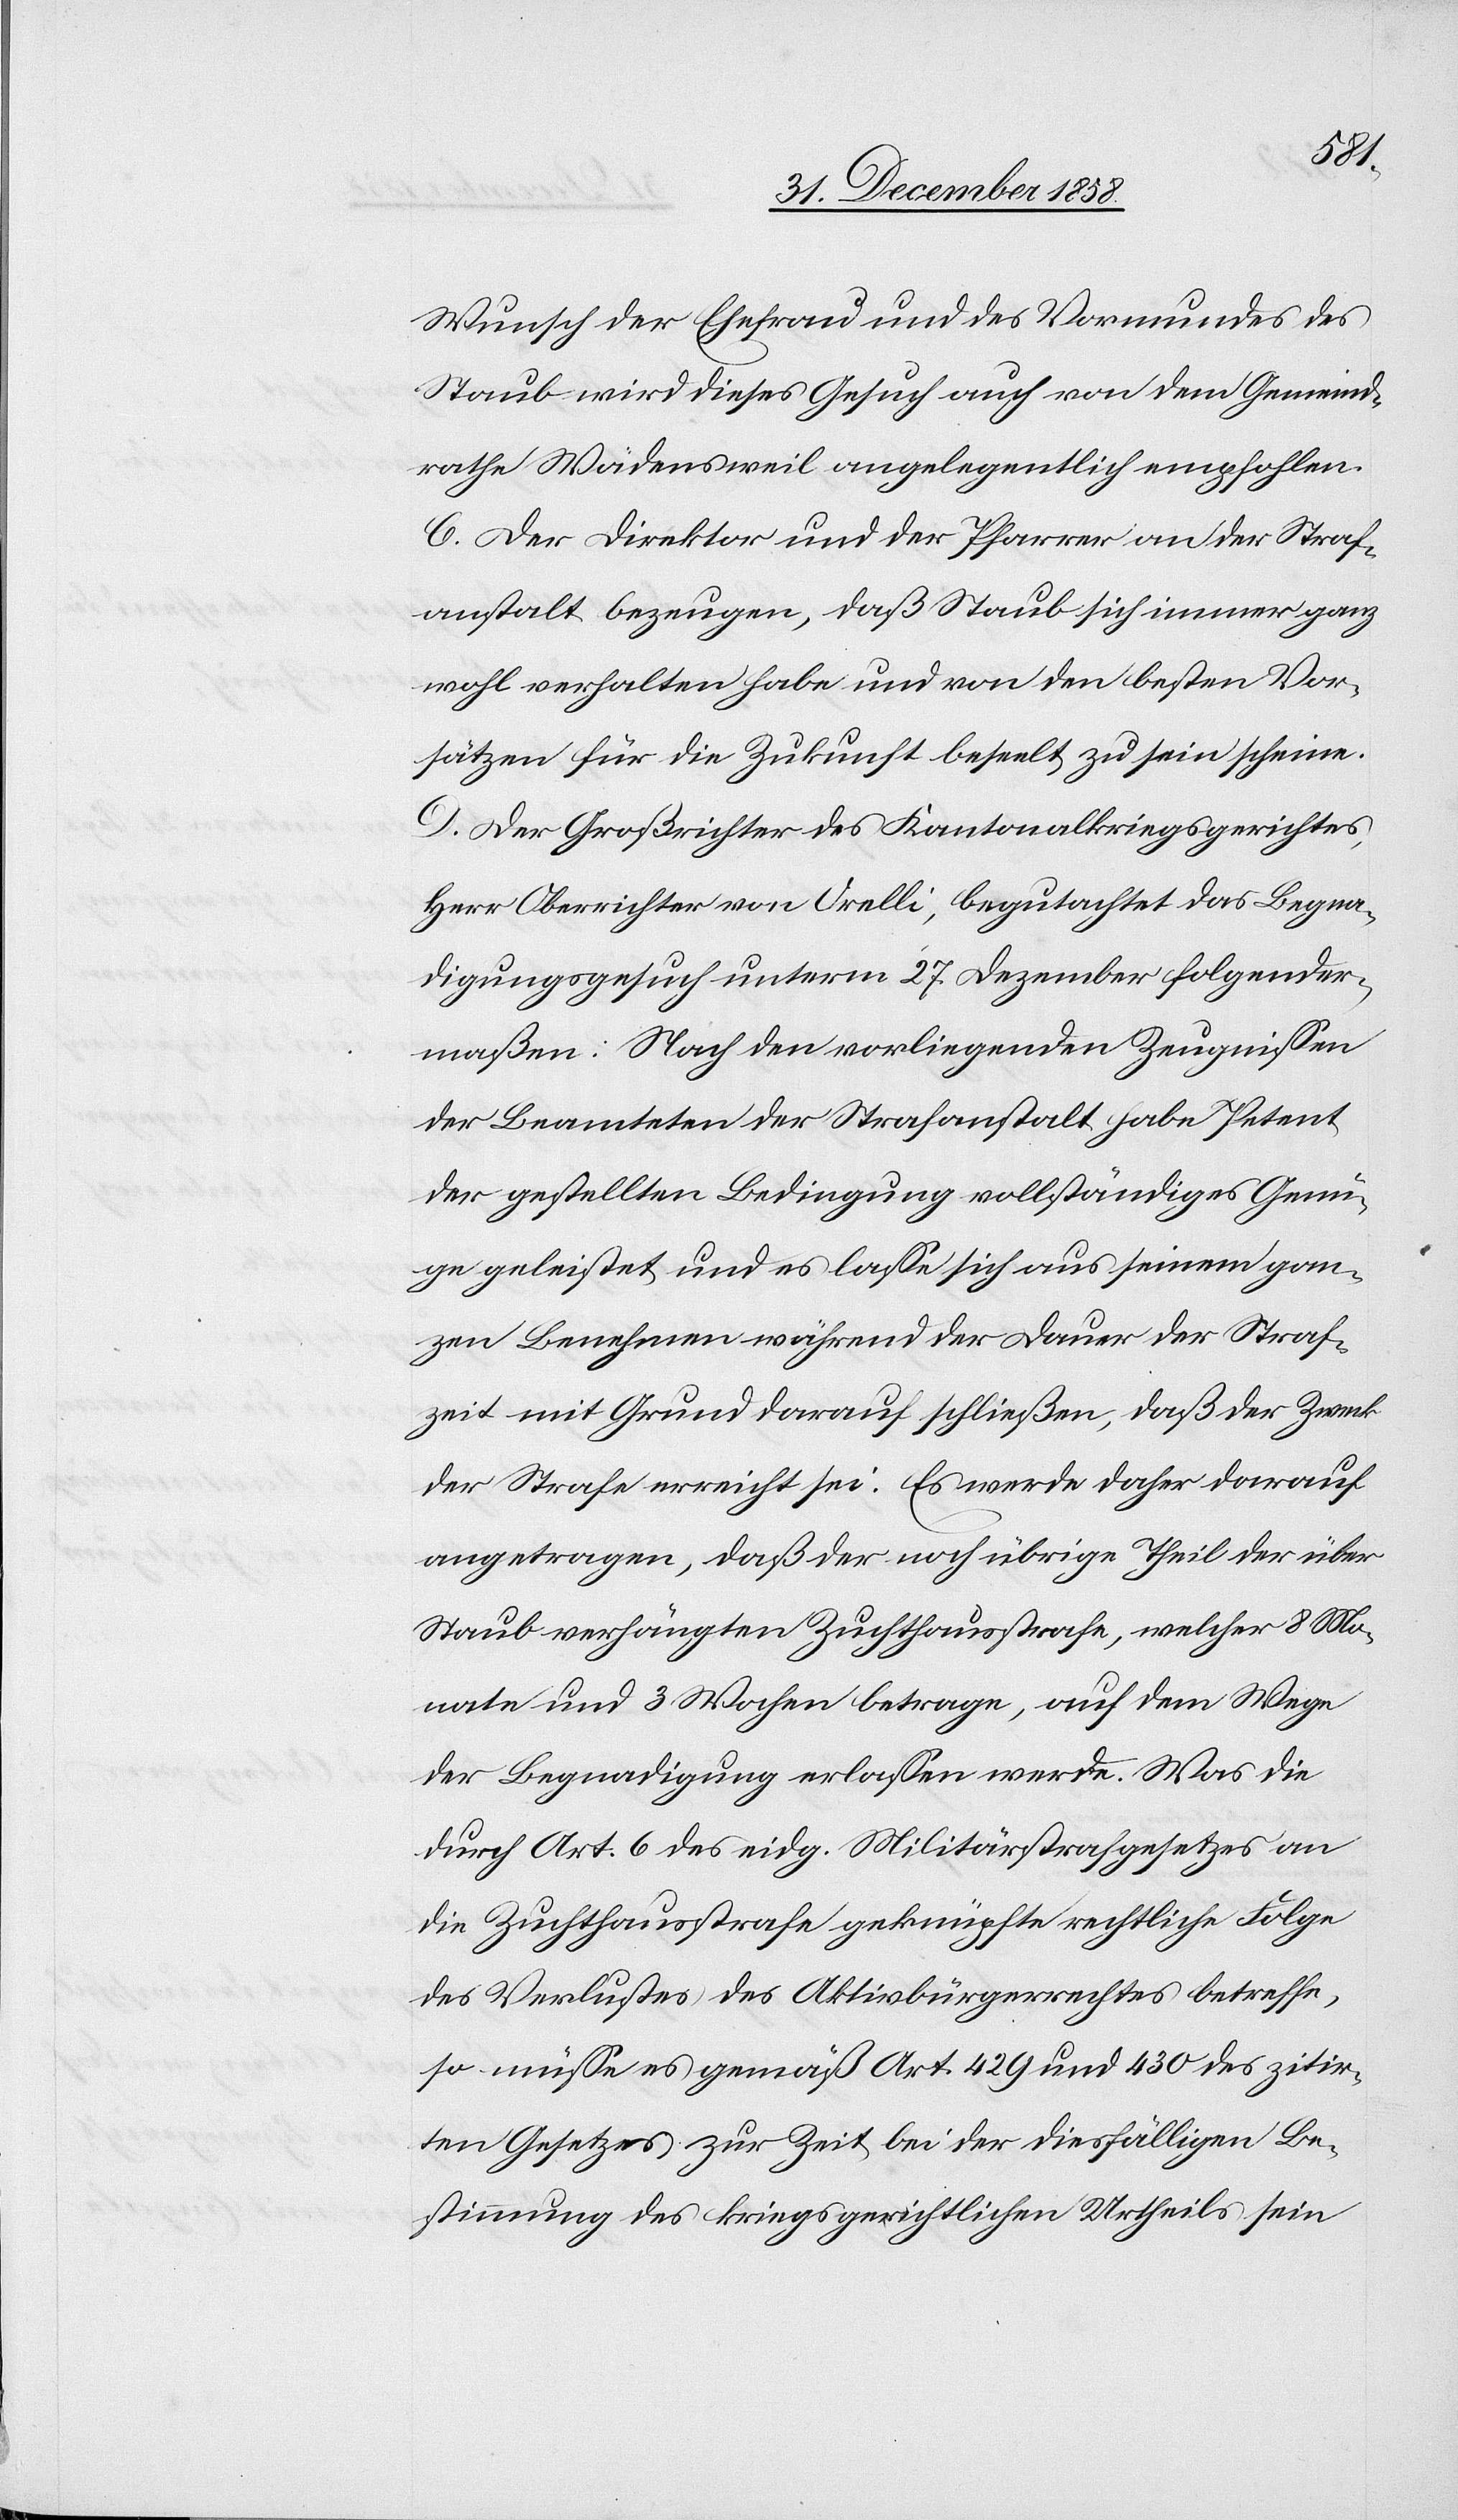
Wunsch der Ehefrau und des Vormundes des
Staub wird dieses Gesuch auch von dem Gemeind¬
rathe Wädensweil angelegentlich empfohlen.
C. Der Direktor und der Pfarrer an der Straf¬
anstalt bezeugen, daß Staub sich immer ganz
wohl verhalten habe und von den besten Vor¬
sätzen für die Zukunft beseelt zu sein scheine.
D. Der Großrichter des Kantonalkriegsgerichtes,
Herr Oberrichter von Orelli, begutachtet das Begna¬
digungsgesuch unterm 27. Dezember folgender¬
maßen: Nach den vorliegenden Zeugnissen
der Beamteten der Strafanstalt habe Petent
der gestellten Bedingung vollständiges Genü¬
ge geleistet und es lasse sich aus seinem gan¬
zen Benehmen während der Dauer der Straf¬
zeit mit Grund darauf schließen, daß der Zweck
der Strafe erreicht sei. Es werde daher darauf
angetragen, daß der noch übrige Theil der über
Staub verhängten Zuchthausstrafe, welcher 8 Mo¬
nate und 3 Wochen betrage, auf dem Wege
der Begnadigung erlassen werde. Was die
durch Art. 6 des eidg. Militärstrafgesetzes an
die Zuchthausstrafe geknüpfte rechtliche Folge
des Verlustes des Aktivbürgerrechtes betreffe,
so müsse es gemäß Art. 429 und 430 des zitir¬
ten Gesetzes zur Zeit bei der diesfälligen Be¬
stimmung des kriegsgerichtlichen Urtheils sein